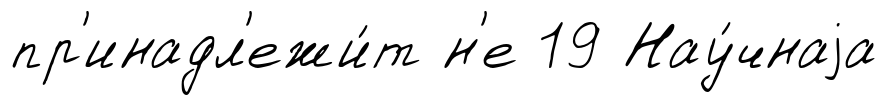
пр'инадл'ежи́т н'е 19 Нау́чнаjа